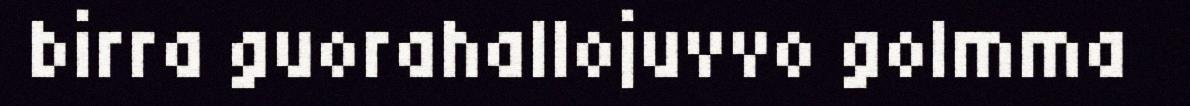
birra guorahallojuvvo golmma